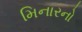
મિનારનો